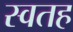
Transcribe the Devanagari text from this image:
स्वतह